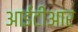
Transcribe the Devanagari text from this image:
आईटीआर